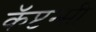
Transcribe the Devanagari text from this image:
कॅप्टन्सी